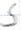
Text: S